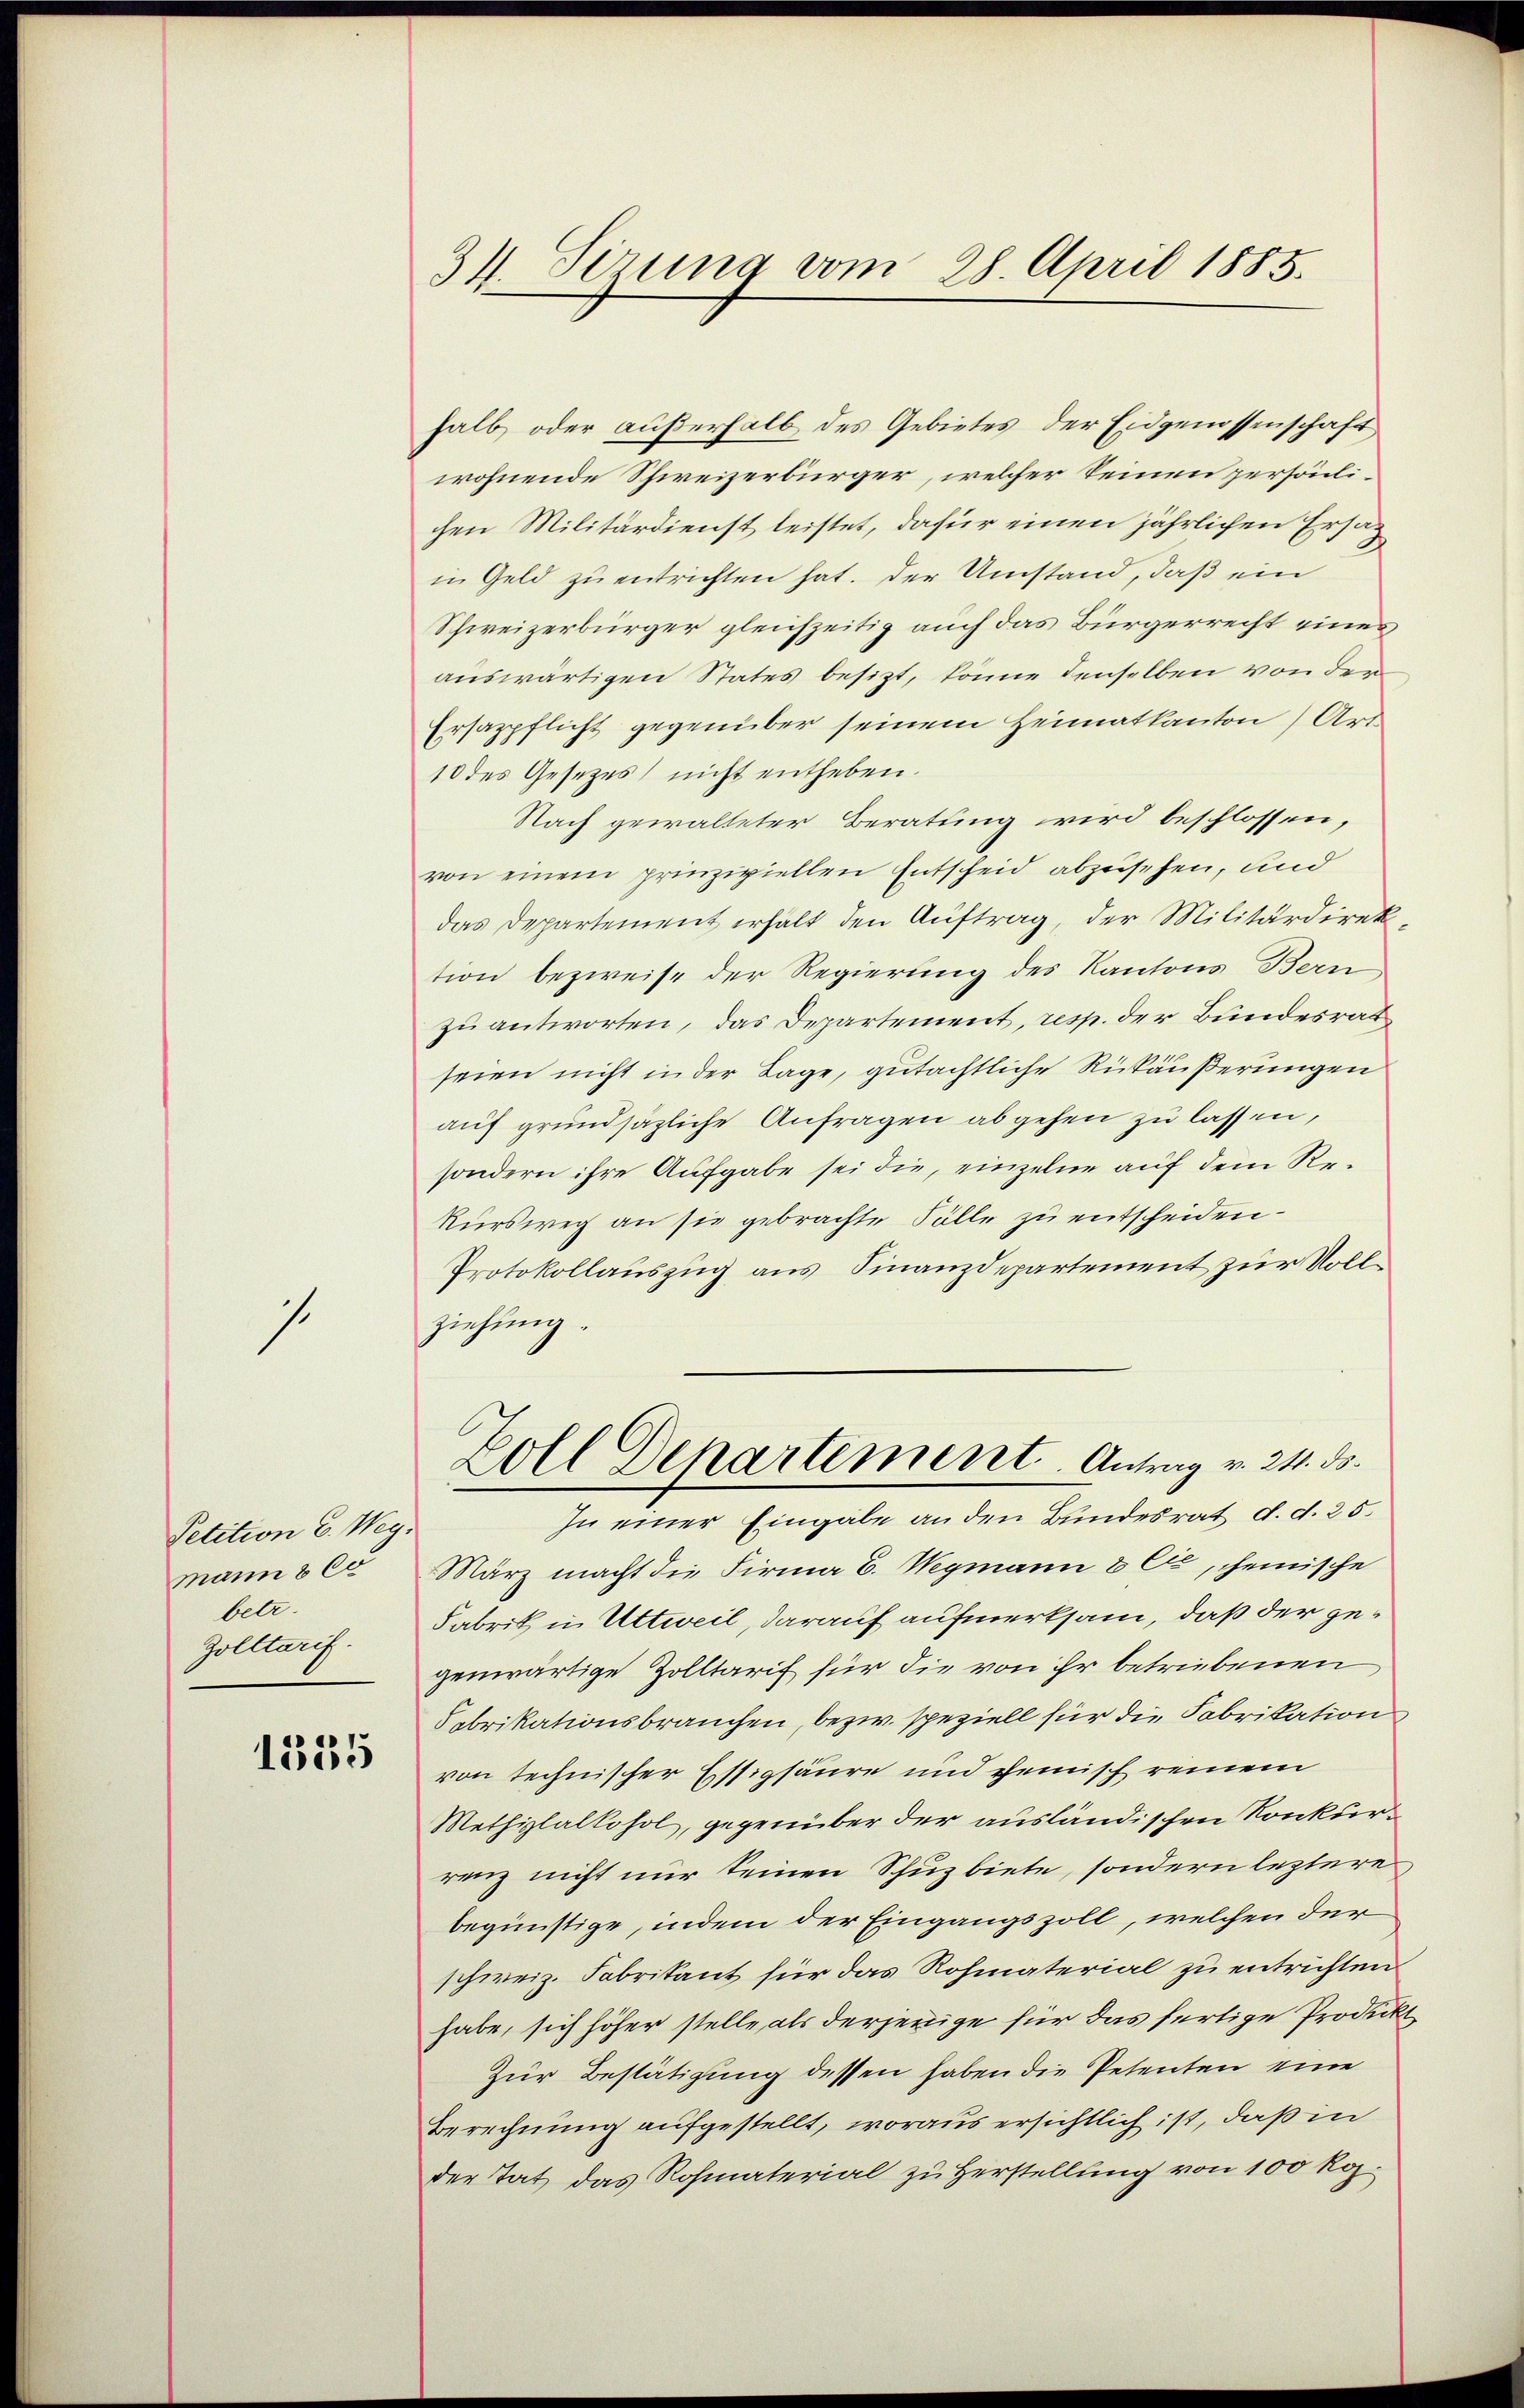
s.

Petition E. Weg.
mann § 60
betr.
Zolltarif.

1355

34. Sirung vom 28. April 1885.

halb oder außerhalb des Gebietes der Eidgenossenschaft
wohnende Schweizerbürger, welcher keinen persönlichen Militärdienst leistet, dafür einen jährlichen Ersatz
in Geld zu entrichten hat. Der Umstand, daß ein
Schweizerbürger gleichzeitig auch das Bürgerrecht eines
auswärtigen States besizt, könne denselben von der
Ersazpflicht gegenüber seinem Heimatkanton Art
10 des Gesetzes nicht entheben.
Nach gewalteter Beratung wird beschlossen,
von einem prinzipiellen Entscheid abzusehen, und
das Departement erhält den Auftrag, der Militärdirektion bezweife der Regierung des Kantons Bern
zu antworten, das Departement, resp. der Bundesrat
seien nicht in der Lage, gutächtliche Rückäußerungen
auf grundsätzliche Anfragen abgehen zu lassen,
sondern ihre Aufgabe sei die, einzelne auf dem Re¬
Rursweg an sie gebrachte Fälle zu entscheiden.
Protokollauszug aus Finanzdepartement zur Vollziehung.
Zoll Departement. Antrag v. 24. ds.
In einer Eingabe an den Bundesrat d. d. 25.
März macht die Firma E. Wegmann & Cie, chemische
Fabrik in Uttweil, darauf aufmerksam, daß der gegenwärtige Zolltarif für die von ihr betriebenen
Fabrikationsbrauchen, bezw. speziell für die Fabrikation
von technischer Essigsäure und ehemisch reinem
Methiplalkohol, gegenüber der ausländischen Konkurrenz nicht nur seinen Schuzbiete, sondern leztere
begünstige, indem der Eingangszoll, welchen der
schweiz. Fabrikant für das Rohmaterial zu entrichten
habe, sich höher stelle als derjenige für das fertige Prodickt
Zur Bestätigung dessen haben die Petenten eine
Berechnung aufgestellt, woraus ersichtlich ist, daß in
der Tat das Rohmaterial zu Herstellung von 100 Roz.